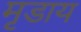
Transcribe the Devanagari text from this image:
मृडाय